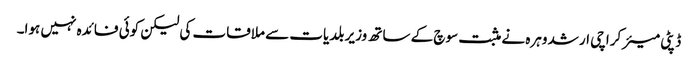
ڈپٹی میئر کراچی ارشد وہرہ نے مثبت سوچ کے ساتھ وزیر بلدیات سے ملاقات کی لیکن کوئی فائدہ نہیں ہوا۔